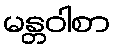
မန္တဝါစာ